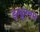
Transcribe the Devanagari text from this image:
इन्धुमथम